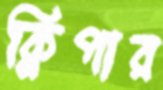
ক্লিপার